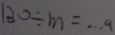
1 3 0 \div m = \cdots a